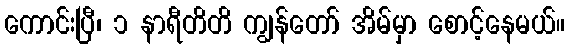
ကောင်းပြီ၊ ၁ နာရီတိတိ ကျွန်တော် အိမ်မှာ စောင့်နေမယ်။